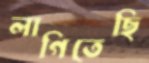
লাগিতেছি